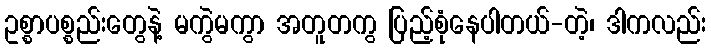
ဥစ္စာပစ္စည်းတွေနဲ့ မကွဲမကွာ အတူတကွ ပြည့်စုံနေပါတယ်-တဲ့၊ ဒါကလည်း